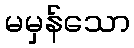
မမှန်သော